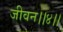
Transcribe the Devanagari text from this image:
जीवन।।४।।